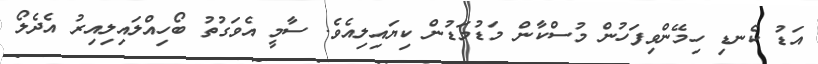
އަޑު ކެނޑި ހިމޭންވިފަހުން މުސްކާން މަޑުމަޑުން ކިޔައިލިއެވެ. ސާމީ އެވަގުތު ބޯހިއްލައިލިއިރު އެދެލޯ